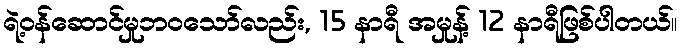
ရဲ့ဝန်ဆောင်မှုဘဝသော်လည်း, 15 နာရီ အမှုန့် 12 နာရီဖြစ်ပါတယ်။